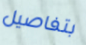
بتفاصيل